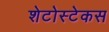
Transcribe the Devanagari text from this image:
शेटोस्टेकस